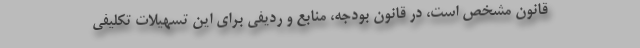
قانون مشخص است، در قانون بودجه، منابع و ردیفی برای این تسهیلات تکلیفی